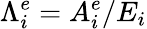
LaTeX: {\Lambda}_{i}^{e}=A_{i}^{e}/E_{i}